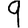
Digit: 9